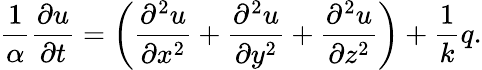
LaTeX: {\frac{1}{\alpha}}{\frac{\partial u}{\partial t}}=\left({\frac{\partial^{2}u}{\partial x^{2}}}+{\frac{\partial^{2}u}{\partial y^{2}}}+{\frac{\partial^{2}u}{\partial z^{2}}}\right)+{\frac{1}{k}}q.